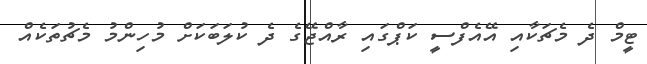
ޓީމް ދެ މެޗަކާއި އޭއެފްސީ ކަޕްގައި ރާއްޖޭގެ ދެ ކުލަބަކަށް މުހިންމު މެޗުތަކެއް